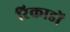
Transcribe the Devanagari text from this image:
रिकाडों